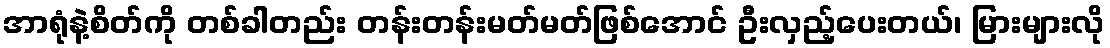
အာရုံနဲ့စိတ်ကို တစ်ခါတည်း တန်းတန်းမတ်မတ်ဖြစ်အောင် ဦးလှည့်ပေးတယ်၊ မြားများလို